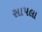
સાપલા